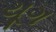
યૂગ